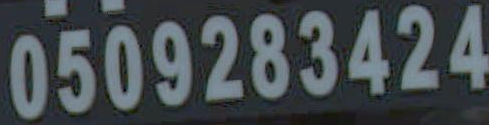
0509283424